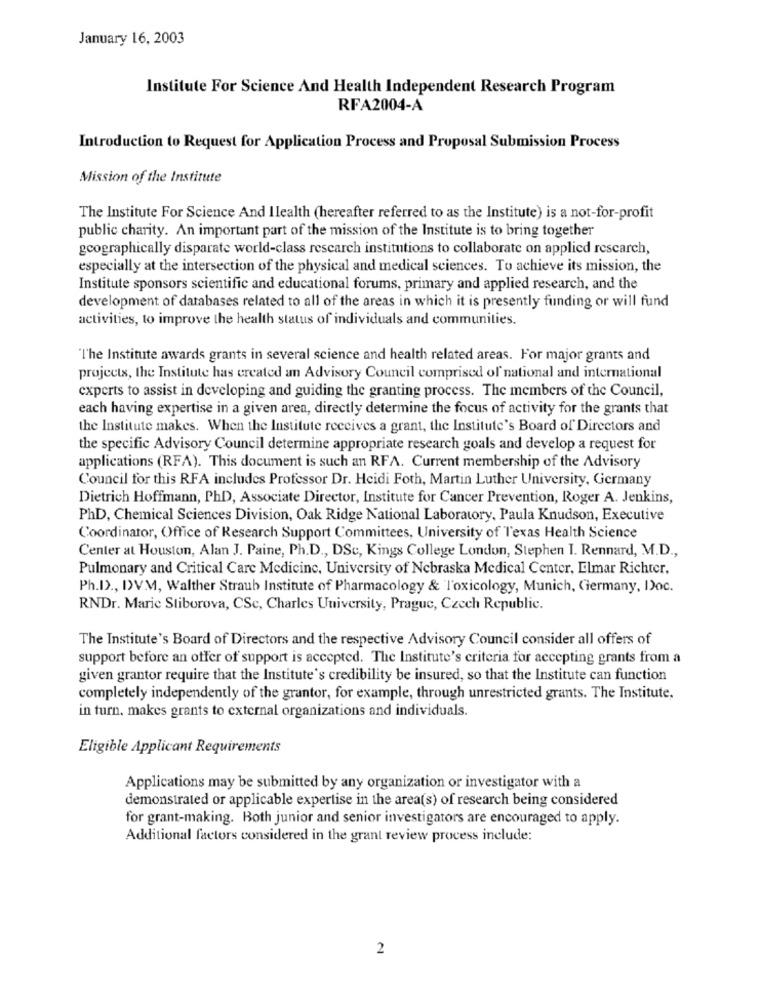
January 16, 2003
Institute For Science And Health Independent Research Program
RFA2004-A
Introduction to Request for Application Process and Proposal Submission Process
Mission of the Institute
The Institute For Science And Ilealth (hereafter referred to as the Institute) is a not-for-profit
public charity. An important part of the mission of the Institute is to bring together
geographically disparate world-class research institutions to collaborate on applied research,
especially at the intersection of the physical and medical sciences. To achieve its mission, the
Institute sponsors scientific and educational forums, primary and applied research, and the
development of databases related to all of the areas in which it is presently funding or will fund
activities, to improve the health status of individuals and communities.
"The Institute awards grants in several science and health related areas. For major grants and
projects, the Institute has created an Advisory Council comprised of national and international
experts to assist in developing and guiding the granting process. The members of the Council,
each having expertise in a given area, directly determine the focus of activity for the grants that
the Institute makes. When the Institute receives a grant, the Institute's Board of Directors and
the specific Advisory Council determine appropriate research goals and develop a request for
applications (RFA). This document is such an RFA. Current membership of the Advisory
Council for this RFA includes Professor Dr. Heidi Foth, Martin Luther University, Germany
Dietrich Hoffmann, PhD, Associate Director, Institute for Cancer Prevention, Roger A. Jenkins,
PhD, Chemical Sciences Division, Oak Ridge National Laboratory, Paula Knudson, Executive
Coordinator, Office of Research Support Committees, University of Texas Health Science
Center at Houston, Alan J. Paine, Ph.D ., DSc, Kings College London, Stephen I. Rennard, M.D .,
Pulmonary and Critical Care Medicine, University of Nebraska Medical Center, Elmar Richter.
Ph.I) ., D>VM, Walther Straub Institute of Pharmacology & Toxicology, Munich, Germany, Doc.
RNDr. Maric Stiborova, CSc, Charles University, Prague, Czech Republic.
The Institute's Board of Directors and the respective Advisory Council consider all offers of
support before an offer of support is accepted. The Institute's criteria for accepting grants from a
given grantor require that the Institute's credibility be insured, so that the Institute can function
completely independently of the grantor, for example, through unrestricted grants. The Institute,
in turn, makes grants to external organizations and individuals.
Eligible Applicant Requirements
Applications may be submitted by any organization or investigator with a
demonstrated or applicable expertise in the area(s) of research being considered
for grant-making. Both junior and senior investigators are encouraged to apply.
Additional factors considered in the grant review process include:
2